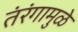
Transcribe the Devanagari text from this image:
तंरंगामुळे